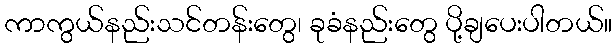
ကာကွယ်နည်းသင်တန်းတွေ၊ ခုခံနည်းတွေ ပို့ချပေးပါတယ်။